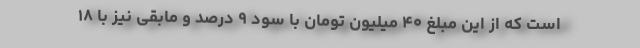
است که از این مبلغ ۴۰ میلیون تومان با سود ۹ درصد و مابقی نیز با ۱۸